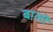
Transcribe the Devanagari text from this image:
बर्ग़्लो